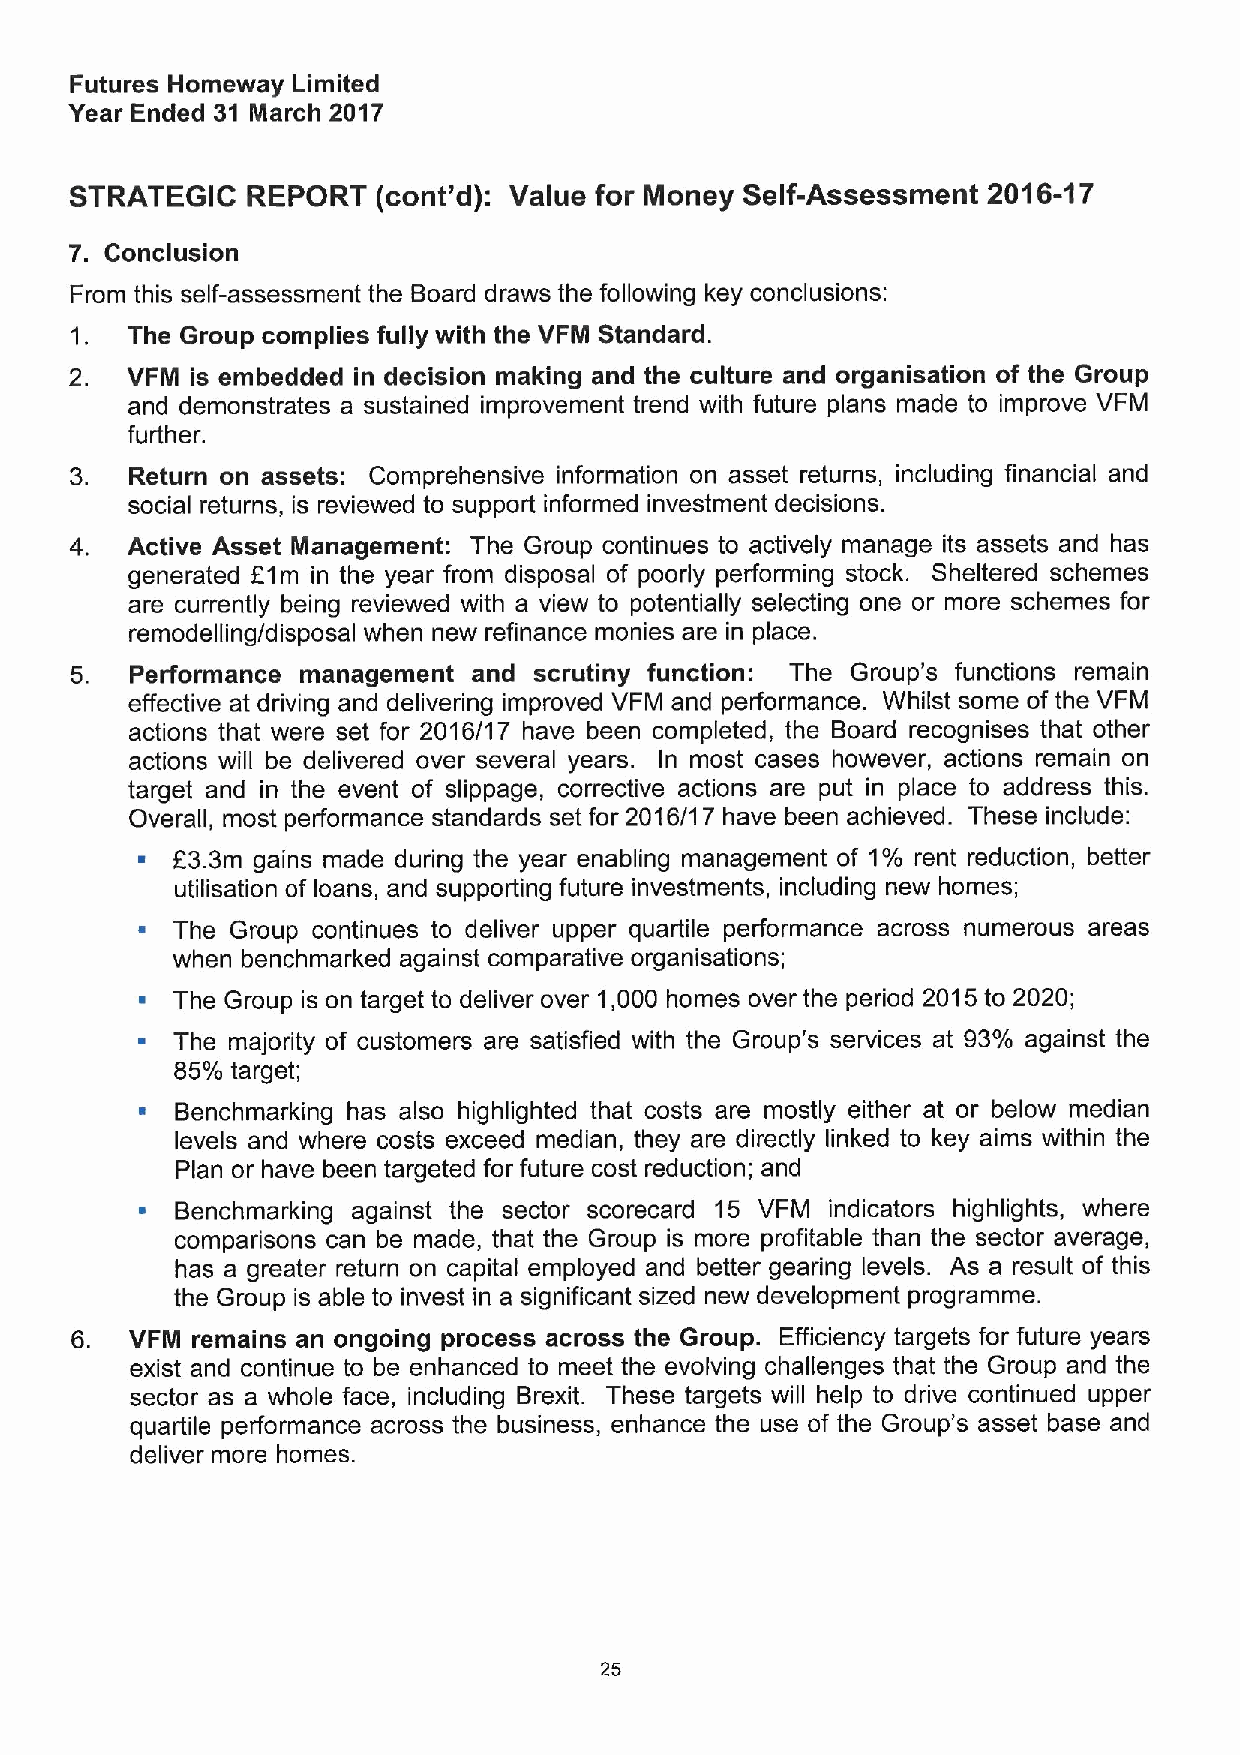
Futures Homeway Limited
 Year Ended 31 March 2017
 STRATEGIC  REPORT   (cont'd): Value for Money Self-Assessment 2016-17
 7. Conclusion
 From this self-assessment the Board draws the following key conclusions:
 1. The Group complies fully with the VFM Standard.
 2. VFM  is embedded in decision making and the culture and organisation of the Group
 and demonstrates a sustained improvement trend with future plans made to improve VFM
 further.
 Return on assets: Comprehensive information on asset returns, including financial and
 social returns, is reviewed to support informed investment decisions.
 Active Asset Management: The Group continues to actively manage its assets and has
 generated E1m in the year from disposal of poorly performing stock. Sheltered schemes
 are currently being reviewed with a view to potentially selecting one or more schemes for
 remodelling/disposal when new refinance monies are in place.
 Performance management and scrutiny function: The Group's functions remain
 effective at driving and delivering improved VFM and performance. Whilst some ofthe VFM
 actions that were set for 2016/17 have been completed, the Board recognises that other
 actions will be delivered over several years. In most cases however, actions remain on
 target and in the event of slippage, corrective actions are put in place to address this.
 Overall, most performance standards set for 2016/17 have been achieved. These include:
 ~ L3.3m gains made during the year enabling management of 1% rent reduction, better
 utilisation of loans, and supporting future investments, including new homes;
 ~ The Group continues to deliver upper quartile performance across numerous areas
 when benchmarked against comparative organisations;
 ~ The Group is on target to deliver over 1,000 homes over the period 2015to 2020;
 ~ The majority of customers are satisfied with the Group's services at 93% against the
 85%target;
 ~  Benchmarking has also highlighted that costs are mostly either at or below median
 levels and where costs exceed median, they are directly linked to key aims within the
 Plan or have been targeted for future cost reduction; and
 ~  Benchmarking against the sector scorecard 15 VFM indicators highlights, where
 comparisons can be made, that the Group is more profitable than the sector average,
 has a greater return on capital employed and better gearing levels. As a result of this
 the Group is able to invest in a significant sized new development programme.
 VFM remains an ongoing process across the Group. Efficiency targets for future years
 exist and continue to be enhanced to meet the evolving challenges that the Group and the
 sector as a whole face, including Brexit. These targets will help to drive continued upper
 quartile performance across the business, enhance the use of the Group*s asset base and
 deliver more homes.